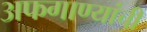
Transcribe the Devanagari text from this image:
अफगाण्यांची